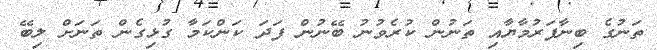
ތަނުގެ ބިނާފަރުމާޔާއި ތަނުން ކުރެވުނު ބޭނުން ފަދަ ކަންކަމާ ގުޅިގެން ތަނަށް ލިބޭ